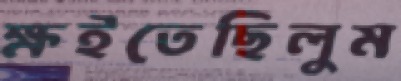
ক্ষইতেছিলুম